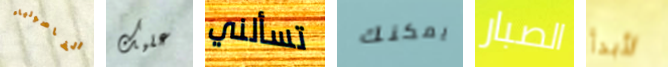
الفاصولياء عليك تسألني يمكنك الصبار لأبدأ